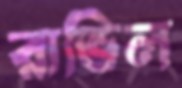
রাভিল